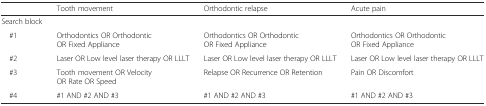
|  | Tooth movement | Orthodontic relapse | Acute pain |
 | --- | --- | --- | --- |
 | Search block | <COLSPAN=3>  |
 | #1 | Orthodontics OR Orthodontic OR Fixed Appliance | Orthodontics OR Orthodontic OR Fixed Appliance | Orthodontics OR Orthodontic OR Fixed Appliance |
 | #2 | Laser OR Low level laser therapy OR LLLT | Laser OR Low level laser therapy OR LLLT | Laser OR Low level laser therapy OR LLLT |
 | #3 | Tooth movement OR Velocity OR Rate OR Speed | Relapse OR Recurrence OR Retention | Pain OR Discomfort |
 | #4 | #1 AND #2 AND #3 | #1 AND #2 AND #3 | #1 AND #2 AND #3 |